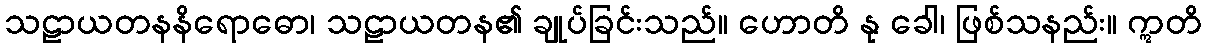
သဠာယတနနိရောဓော၊ သဠာယတန၏ ချုပ်ခြင်းသည်။ ဟောတိ နု ခေါ၊ ဖြစ်သနည်း။ ဣတိ